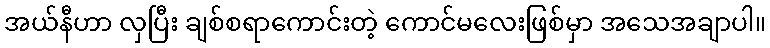
အယ်နီဟာ လှပြီး ချစ်စရာကောင်းတဲ့ ကောင်မလေးဖြစ်မှာ အသေအချာပါ။